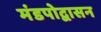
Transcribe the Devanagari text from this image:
मंडपोद्वासन